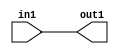
`timescale 1ps / 1ps

// Generated by Cadence Genus(TM) Synthesis Solution 17.11-s014_1
// Generated on: Apr 17 2022 21:30:56 CST (Apr 17 2022 13:30:56 UTC)

module dut_Add_5U_6_4(in1, out1);
  input [4:0] in1;
  output [4:0] out1;
  wire [4:0] in1;
  wire [4:0] out1;
  assign out1[0] = in1[0];
  assign out1[1] = in1[1];
  assign out1[2] = in1[2];
  assign out1[3] = in1[3];
  assign out1[4] = in1[4];
endmodule